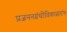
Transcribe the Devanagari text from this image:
प्रजननग्रंथीविकासारंभ